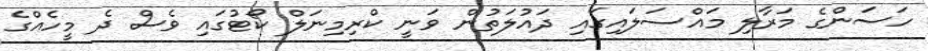
ހަސަންގެ މަރާލި މައްސަލައިގައި ދައުލަތުން ވަނީ ކްރިމިނަލް ކޯޓުގައި ވެސް ދެ މީހެއްގެ